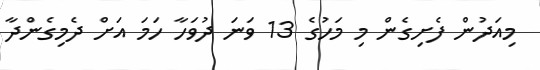
މިއަދުން ފެށިގެން މި މަހުގެ 13 ވަނަ ދުވަހާ ހަމަ އަށް ދެމިގެންދާ